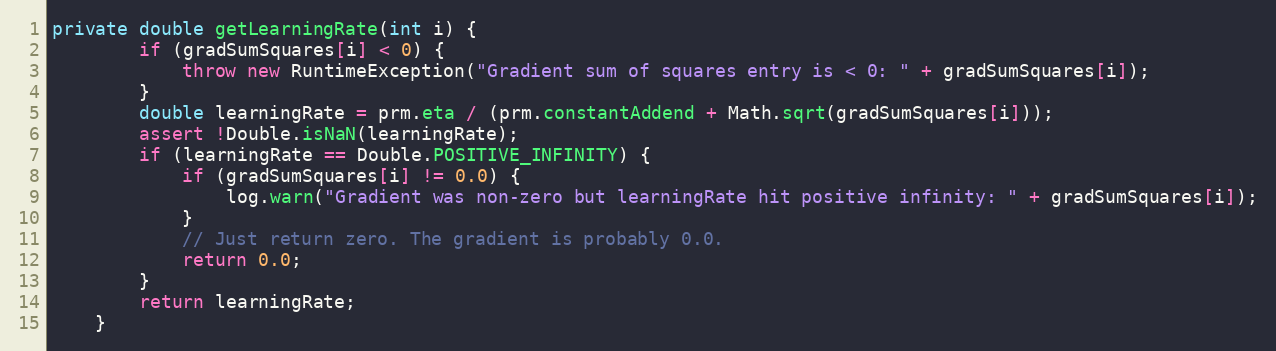
Language: Java
private double getLearningRate(int i) {
        if (gradSumSquares[i] < 0) {
            throw new RuntimeException("Gradient sum of squares entry is < 0: " + gradSumSquares[i]);
        }
        double learningRate = prm.eta / (prm.constantAddend + Math.sqrt(gradSumSquares[i]));
        assert !Double.isNaN(learningRate);
        if (learningRate == Double.POSITIVE_INFINITY) {
            if (gradSumSquares[i] != 0.0) {
                log.warn("Gradient was non-zero but learningRate hit positive infinity: " + gradSumSquares[i]);
            }
            // Just return zero. The gradient is probably 0.0.
            return 0.0;
        }
        return learningRate;
    }